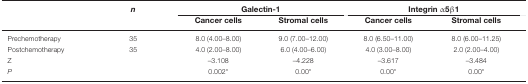
<table><thead><tr><td></td><td><b><i>n</i></b></td><td colspan="2"><b>Galectin-1</b></td><td colspan="2"><b>Integrin α5β1</b></td></tr><tr><td></td><td></td><td><b>Cancer cells</b></td><td><b>Stromal cells</b></td><td><b>Cancer cells</b></td><td><b>Stromal cells</b></td></tr></thead><tbody><tr><td>Prechemotherapy</td><td>35</td><td>8.0 (4.00–8.00)</td><td>9.0 (7.00–12.00)</td><td>8.0 (6.50–11.00)</td><td>8.0 (6.00–11.25)</td></tr><tr><td>Postchemotherapy</td><td>35</td><td>4.0 (2.00–8.00)</td><td>6.0 (4.00–6.00)</td><td>4.0 (3.00–8.00)</td><td>2.0 (2.00–4.00)</td></tr><tr><td>Z</td><td></td><td>–3.108</td><td>–4.228</td><td>–3.617</td><td>–3.484</td></tr><tr><td><i>P</i></td><td></td><td>0.002*</td><td>0.00*</td><td>0.00*</td><td>0.00*</td></tr></tbody></table>